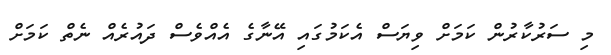
މި ސަރުކާރުން ކަމަށް ވިޔަސް އެކަމުގައި އޭނާގެ އެއްވެސް ދައުރެއް ނެތް ކަމަށް